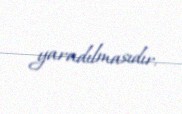
yaradılmasıdır.